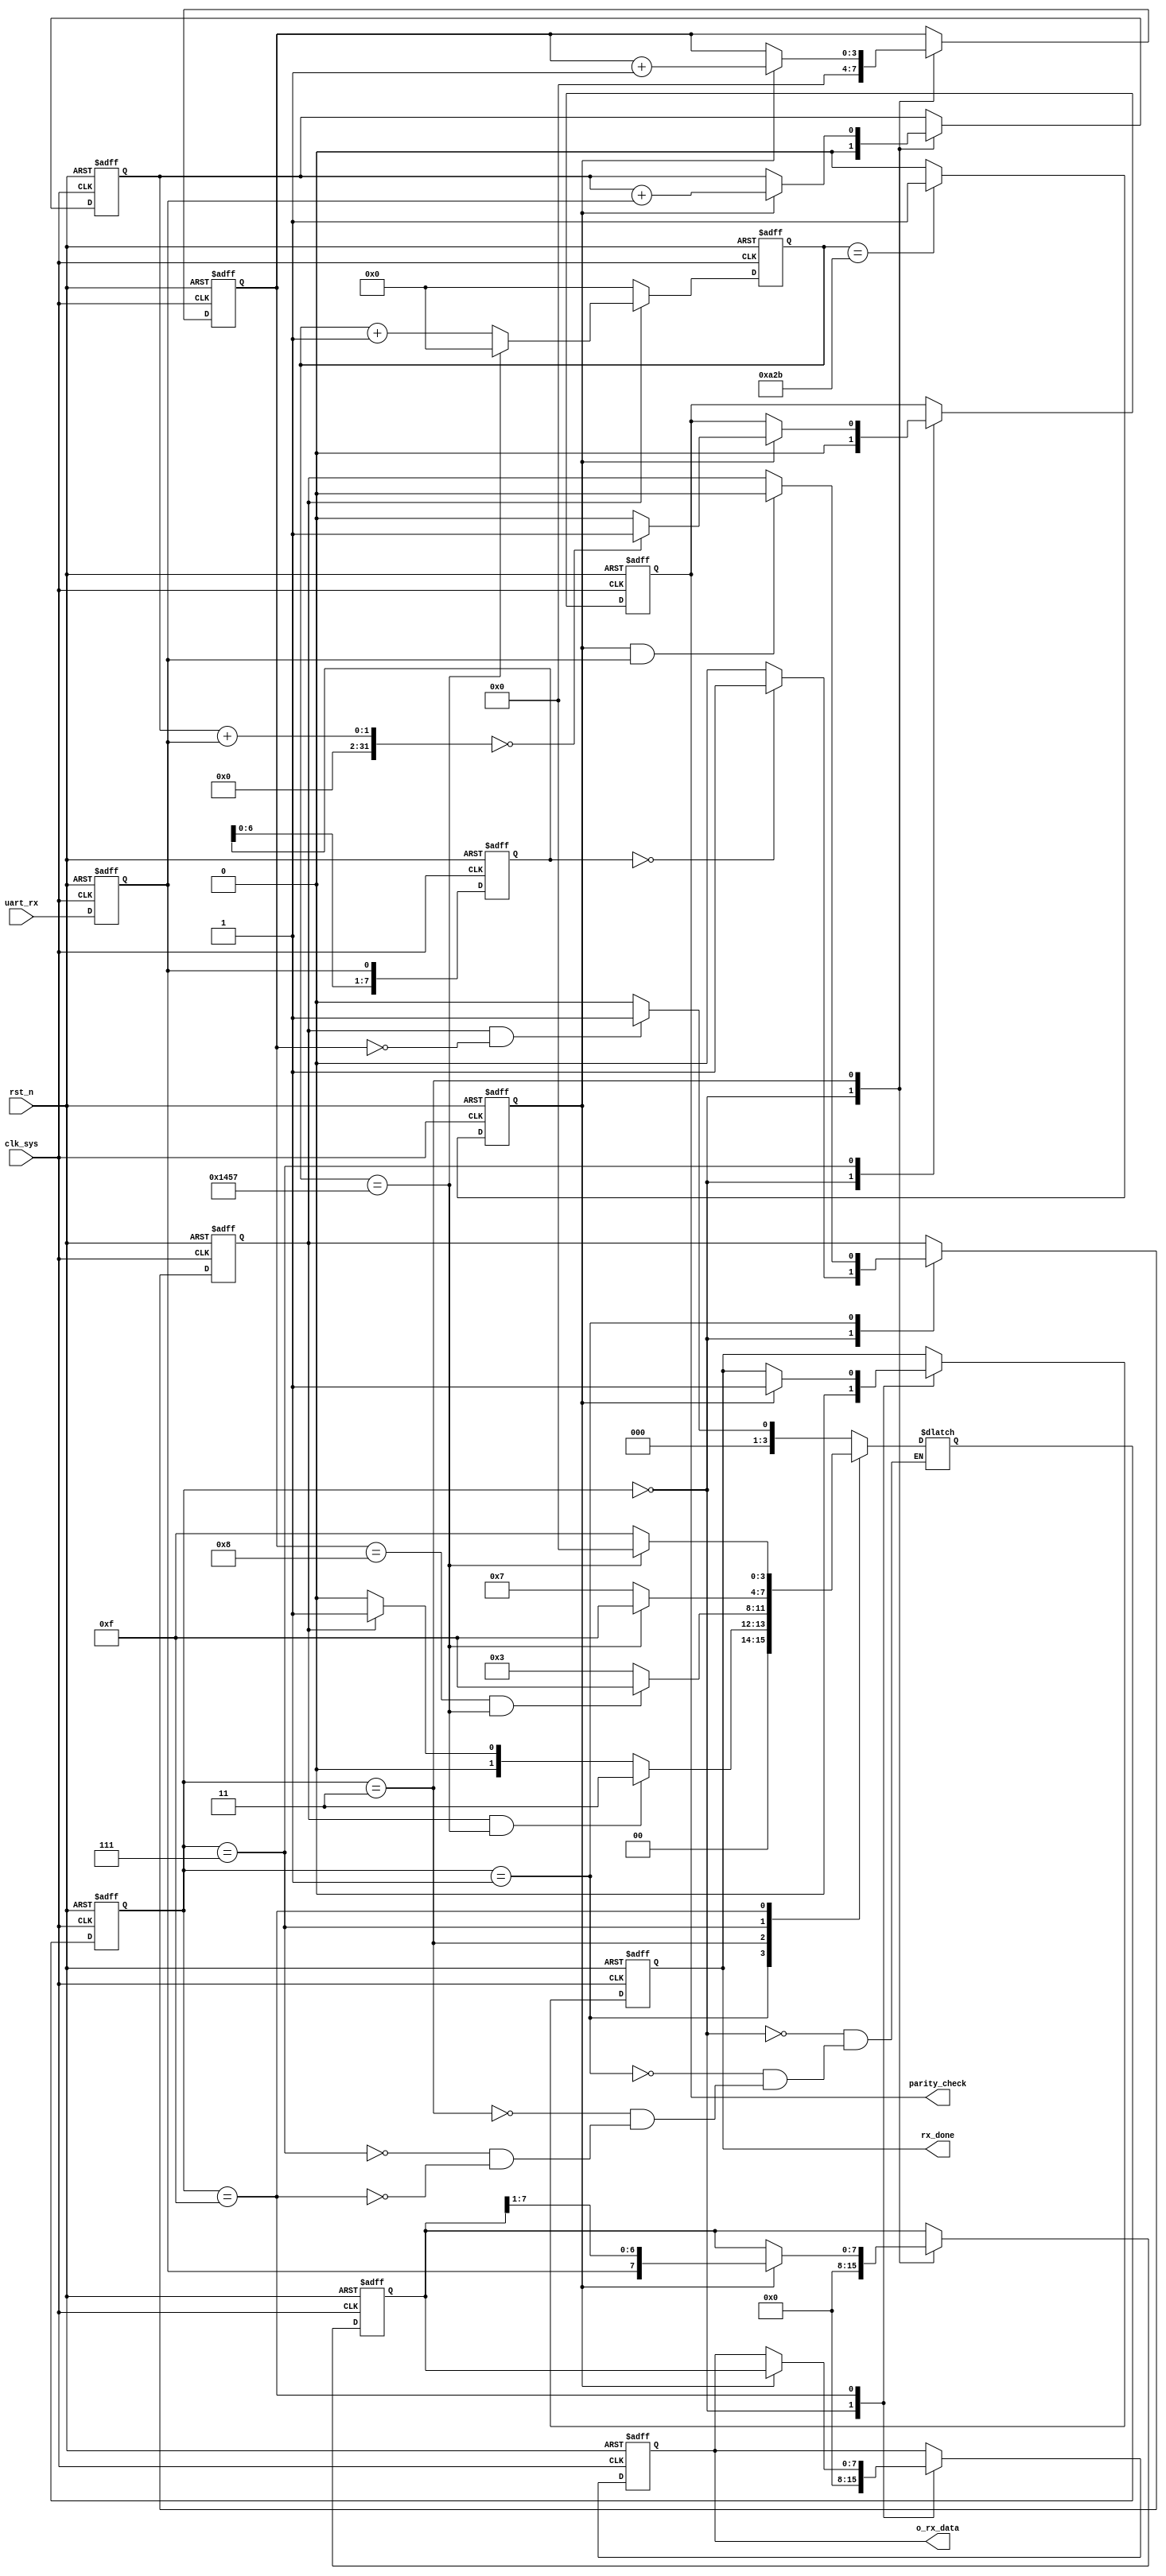
/*---------------------------------------
    Module Name: UART_RX
    Created Time:   2023.11.5
---------------------------------------*/

module UART_RX 
#(
    parameter DATA_WIDTH = 8,    // valid data width, in default 8 bit
    parameter CLK_FREQ = 50,     // clock frequency, in default 50MHz
    parameter BPS = 9600,        // baud rate, 960014400192003840057600115200
    parameter PARITY_ON = 0,     // 0: no parity check bit, 1: with parity check bit
    parameter PARITY_TYPE = 0    // 0: even check, 1: odd check
)
(
    input   clk_sys,
    input   rst_n,
    input   uart_rx,
    output  reg [DATA_WIDTH-1 : 0] o_rx_data,
    output  reg parity_check,    // high level means parity check right
    output  reg rx_done
);

    // input synchronization
    reg sync_uart_rx;
    always @(posedge clk_sys or negedge rst_n) begin
        if (!rst_n)
            sync_uart_rx <= 1'b1;   // uart_rx is high level when no input signal
        else
            sync_uart_rx <= uart_rx;
    end


    // FSM definition
    reg [3:0] curr_state;
    reg [3:0] next_state;

    localparam STATE_IDLE   = 4'b0000;
    localparam STATE_START  = 4'b0001;
    localparam STATE_DATA   = 4'b0011;
    localparam STATE_PARITY = 4'b0111;  // optional
    localparam STATE_STOP   = 4'b1111;

    // the number of clock cycles required to receive 1 bit
    localparam BIT_CYCLE = CLK_FREQ * 1000000 / BPS;    // unit: clk/bit

    // continuously detected 8 low level, receive_start == 8'b0000_0000
    // consider that data is transmitted from UART
    // eliminate misjudgments caused by burr noise
    reg [7:0] receive_start;
    always @(posedge clk_sys or negedge rst_n) begin
        if(!rst_n)
            receive_start <= 8'b1111_1111;
        else
            receive_start <= {receive_start[6:0], sync_uart_rx};
    end

    reg baud_clk_cnt_valid;     // flag to start baud_clk_cnt

    reg [15:0] baud_clk_cnt;    // counter of clock number for 1 bit
    reg baud_center_pulse;      // pulse to sample 1 bit data on data cable

    reg [3:0] receive_bits_cnt; // the number of bits received
    reg [DATA_WIDTH-1 : 0] inter_data_receive;    // intermediate variables: data received from sync_uart_rx

    reg number_of_ones;         // for parity check


    // description of [15:0] baud_clk_cnt
    always @(posedge clk_sys or negedge rst_n) begin
        if(!rst_n)
            baud_clk_cnt <= 16'd0;
        else if(baud_clk_cnt_valid == 1'b0)
            baud_clk_cnt <= 16'd0;
        else if(baud_clk_cnt == BIT_CYCLE - 1)
            baud_clk_cnt <= 16'd0;
        else
            baud_clk_cnt <= baud_clk_cnt + 1'b1;
    end

    // description of baud_center_pulse
    always @(posedge clk_sys or negedge rst_n) begin
        if(!rst_n)
            baud_center_pulse <= 1'b0;
        else if(baud_clk_cnt == BIT_CYCLE/2 - 1)
            baud_center_pulse <= 1'b1;  // count to the center of 1 bit, time to sample the data
        else
            baud_center_pulse <= 1'b0;
    end

    // FSM-seg1: state conversion
    always @(posedge clk_sys or negedge rst_n) begin
        if(!rst_n)
            curr_state <= STATE_IDLE;
        else
            curr_state <= next_state;
    end

    // FSM-seg2: condition for state concersion
    always @(*) begin
        case(curr_state)
            STATE_IDLE:  begin
                if(baud_clk_cnt_valid == 1'b1 && receive_bits_cnt == 4'd0)
                    next_state <= STATE_START;
                else
                    next_state <= STATE_IDLE;
            end
            STATE_START: begin
                if(baud_clk_cnt_valid == 1'b1 && (baud_clk_cnt == BIT_CYCLE - 1))
                    next_state <= STATE_DATA;
                else if(baud_clk_cnt_valid == 1'b0)
                    next_state <= STATE_IDLE;       // if previous detection was wrong, back to IDLE state
                else
                    next_state <= STATE_START;
            end
            STATE_DATA:  begin
                if(receive_bits_cnt == DATA_WIDTH && (baud_clk_cnt == BIT_CYCLE - 1))
                begin
                    if(PARITY_ON == 1'b1)   // with parity check
                        next_state <= STATE_PARITY;
                    else
                        next_state <= STATE_STOP;
                end 
                else
                    next_state <= STATE_DATA;
            end
            STATE_PARITY:begin
                if(baud_clk_cnt == BIT_CYCLE - 1)
                    next_state <= STATE_STOP;
                else
                    next_state <= STATE_PARITY;
            end
            STATE_STOP:  begin
                if(baud_clk_cnt == BIT_CYCLE - 1)
                    next_state <= STATE_IDLE;
                else
                    next_state <= STATE_STOP;
            end
            default ;
        endcase
    end

    // FSM-seg3: output logic
    always @(posedge clk_sys or negedge rst_n) begin
        if(!rst_n)begin
            // intermediate register
            baud_clk_cnt_valid  <= 1'b0;
            receive_bits_cnt    <= 4'd0;    // no data received
            inter_data_receive  <=  'd0;    // bit width not sure   
            number_of_ones      <= 1'b0;
            // module output
            parity_check        <= 1'b0;    // parity check: not right
            o_rx_data           <=  'd0;    // output is 0
            rx_done             <= 1'b0;
        end
        else
            case (curr_state)
                STATE_IDLE:  begin
                    if(receive_start == 8'b0000_0000)   // continuously detected 8 low level
                        baud_clk_cnt_valid <= 1'b1;     // start to count for clock
                    else
                        baud_clk_cnt_valid <= 1'b0;
                    // reset the intermediate registers
                    receive_bits_cnt    <= 4'd0;
                    inter_data_receive  <=  'd0;
                    number_of_ones      <= 1'b0;
                    // module output
                    o_rx_data           <=  'd0;
                    parity_check        <= 1'b0;
                    rx_done             <= 1'b0;
                end
                STATE_START: begin
                    // when sampling pulse comes, detect again  if sync_uart_rx == 0 ?
                    if(baud_center_pulse == 1'b1 && sync_uart_rx != 1'b0 )
                        baud_clk_cnt_valid <= 1'b0;     // if not, previous detection was wrong
                                                        // reset baud_clk_cnt_valid to zero
                end
                STATE_DATA:  begin
                    if(baud_center_pulse == 1'b1) begin
                        receive_bits_cnt    <= receive_bits_cnt + 1'b1;    // cnt++
                        inter_data_receive  <= {sync_uart_rx, inter_data_receive[DATA_WIDTH-1 : 1]};
                        number_of_ones      <= number_of_ones + sync_uart_rx;
                    end
                end
                STATE_PARITY:begin
                    if(baud_center_pulse) begin
                        if(number_of_ones + sync_uart_rx == PARITY_TYPE)
                            parity_check <= 1'b1;
                        else
                            parity_check <= 1'b0;
                    end
                    else                                // if no pulse signal in parity check stage
                        parity_check <= parity_check;   // parity check retains
                end
                STATE_STOP:  begin
                    if(baud_center_pulse) begin
                        // output data received
                        if(PARITY_ON == 0) begin            // no parity check
                            o_rx_data <= inter_data_receive;
                            rx_done   <= 1'b1;
                        end
                        else if(parity_check == 1'b1) begin // with parity check && check right
                            o_rx_data <= inter_data_receive;
                            rx_done   <= 1'b1;
                        end
                        else begin                          // wrong data received
                            o_rx_data <=  'dx;
                            rx_done   <= 1'b0;
                        end
                    end
                    else
                        o_rx_data <= o_rx_data;             // signal retain
                        // rx_done   <= rx_done;            // can not wirte this line // but why?
                end
                default: ;
            endcase
    end

    
endmodule



/*------------------------------------------------------------------------------
    Reference:
    https://blog.csdn.net/qq_38812860/article/details/119940848
------------------------------------------------------------------------------*/